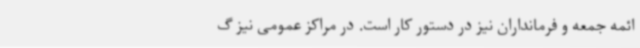
ائمه جمعه و فرمانداران نیز در دستور کار است. در مراکز عمومی نیز گ